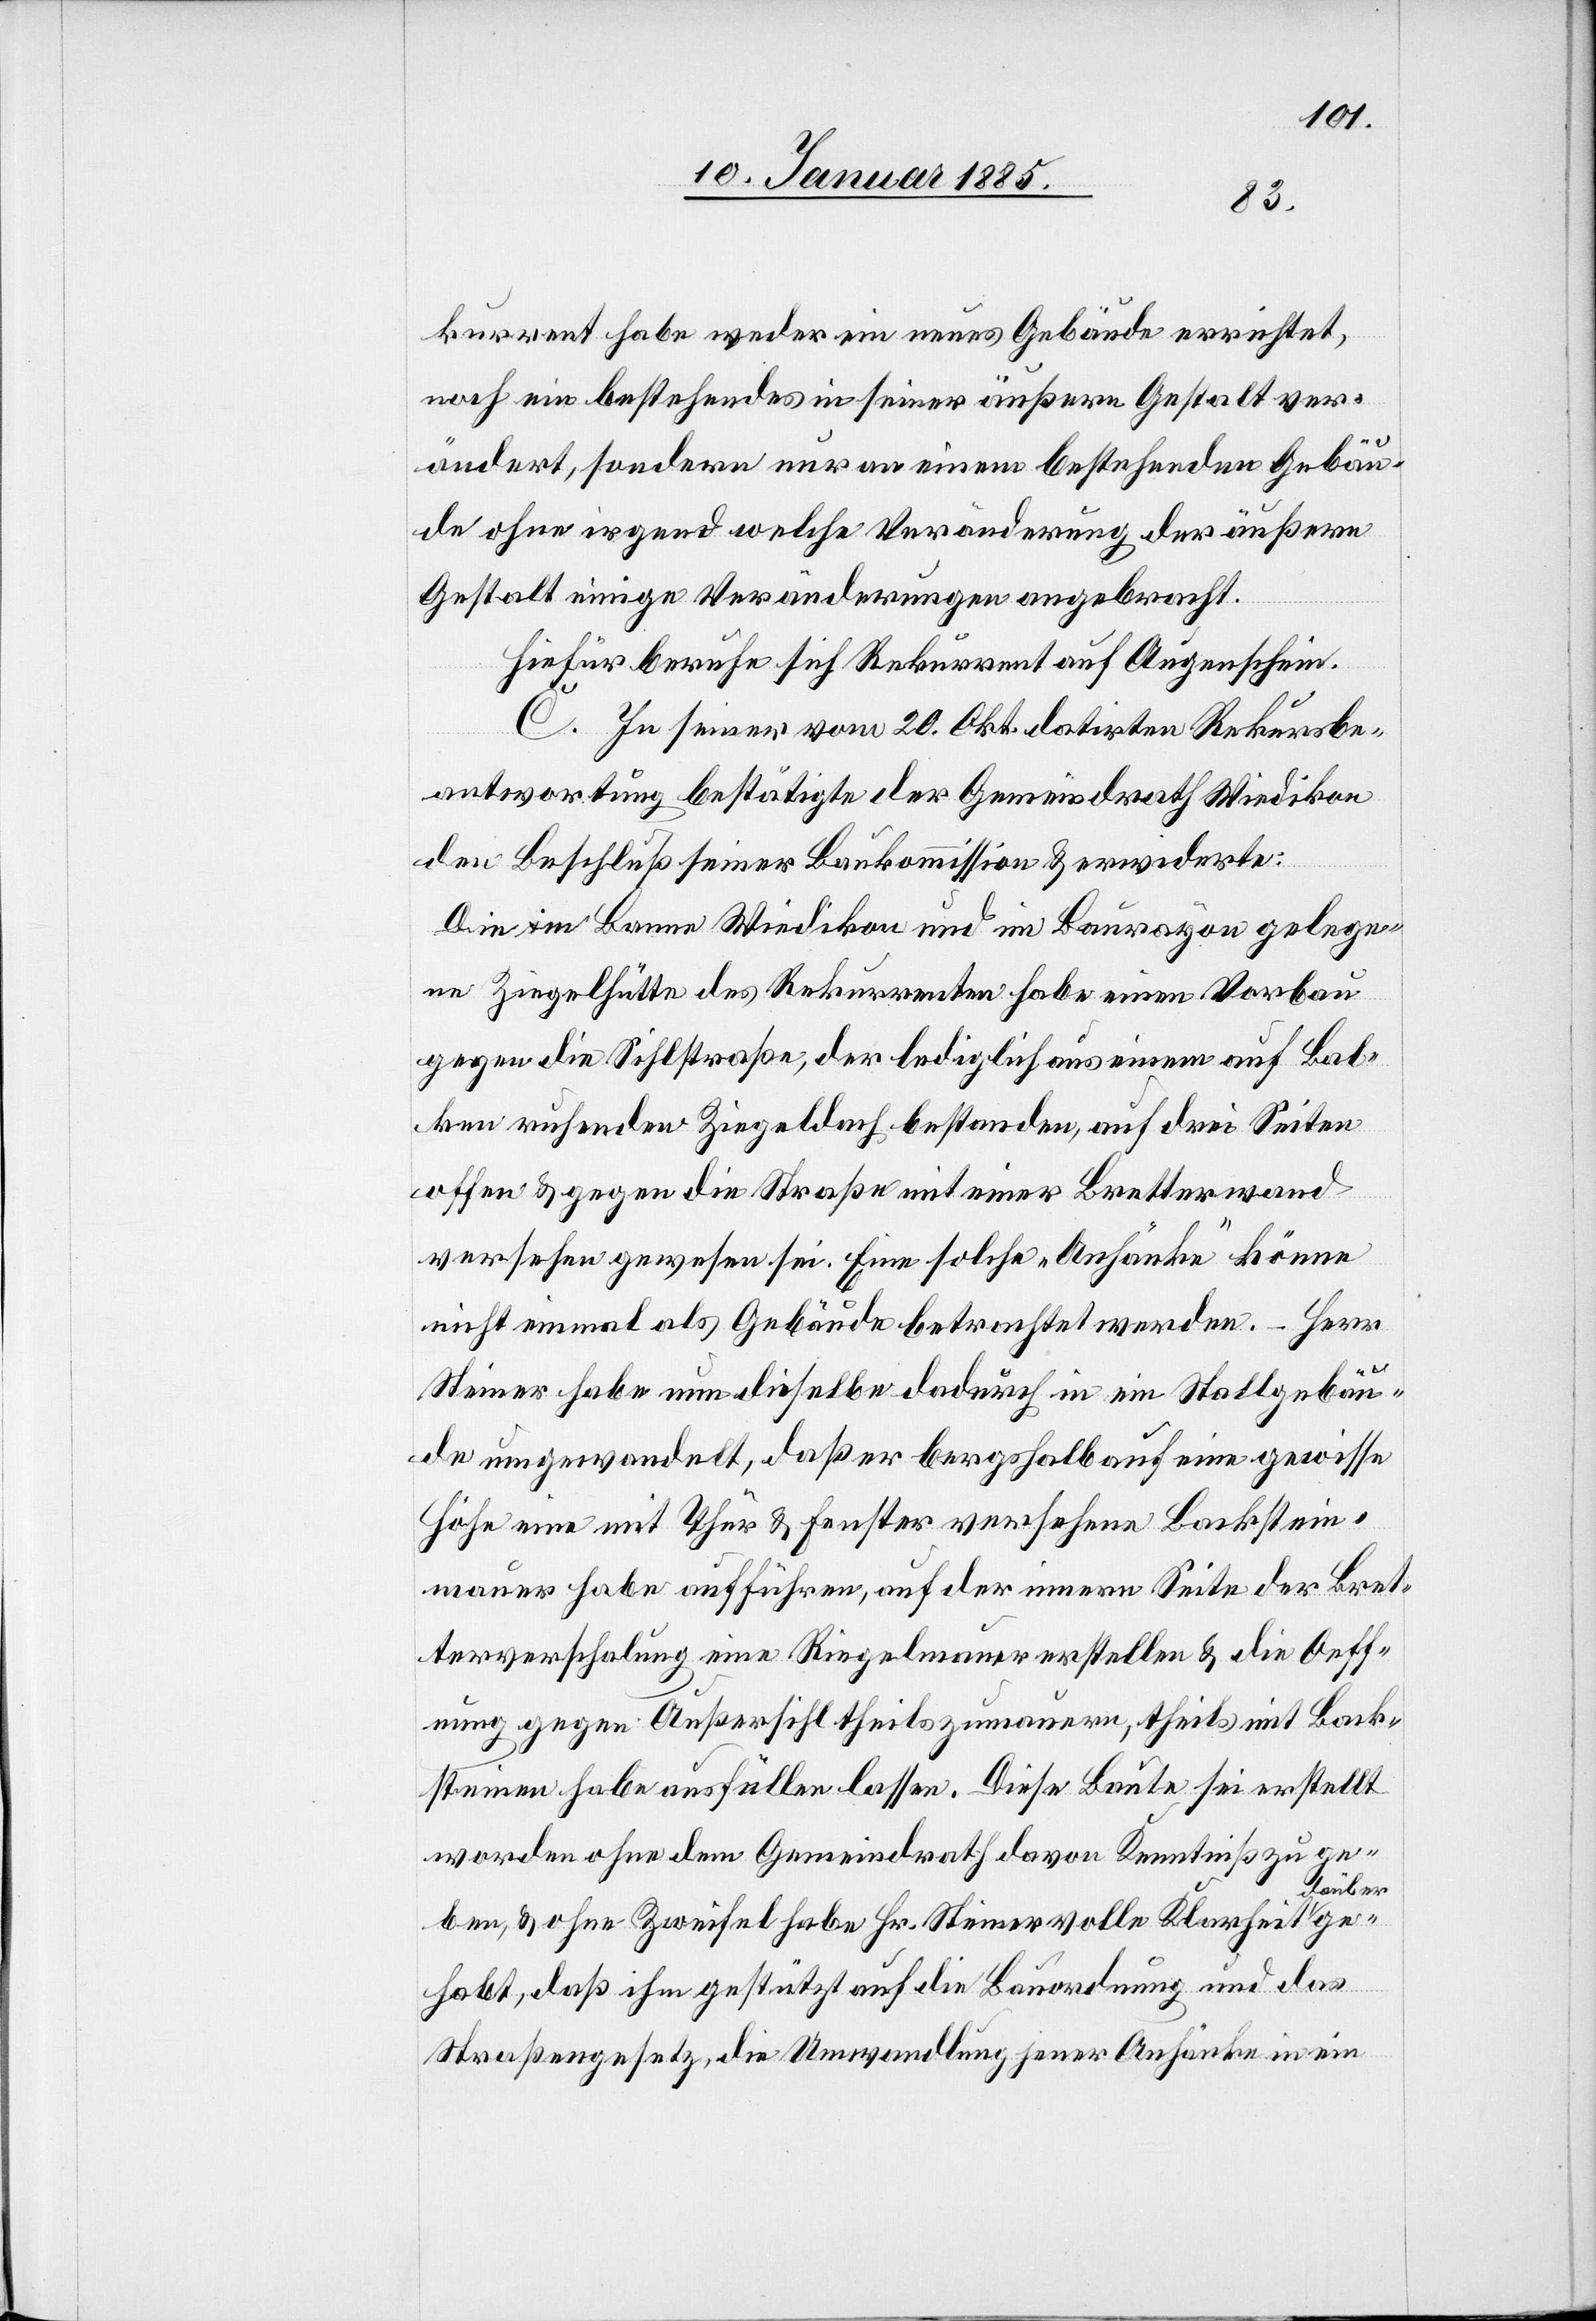
kurrent habe weder ein neues Gebäude errichtet,
noch ein bestehendes in seiner äußern Gestalt ver¬
ändert, sondern nur an einem bestehenden Gebäu¬
de ohne irgend welche Veränderung der äußern
Gestalt einige Veränderungen angebracht.
Hiefür berufe sich Rekurrent auf Augenschein.
C. In seiner vom 20. Okt. datirten Rekursbe¬
antwortung bestätigte der Gemeindrath Wiedikon
den Beschluß seiner Baukommission & erwiderte:
Die in Banne Wiedikon und im Baurayon gelege¬
ne Ziegelhütte des Rekurrenten habe einen Vorbau
gegen die Sihlstraße, der lediglich aus einem auf Bal¬
ken ruhenden Ziegeldach bestanden, auf drei Seiten
offen & gegen die Straße mit einer Bretterwand
versehen gewesen sei. Eine solche „Anhänke“ könne
nicht einmal als Gebäude betrachtet werden. – Herr
Steiner habe nun dieselbe dadurch in ein Stallgebäu¬
de umgewandelt, daß er bergshalb auf eine gewisse
Höhe eine mit Thür & Fenster versehene Backstein¬
mauer habe aufführen, auf der innern Seite der Bret¬
terverschalung eine Riegelmauer erstellen & die Oeff¬
nung gegen Außersihl theils zumauern, theils mit Back¬
steinen haben ausfüllen lassen. Diese Baute sei erstellt
worden ohne dem Gemeindrath davon Kenntniß zu ge¬
arüber
ben, & ohne Zweifel habe Hr. Steiner volle Klarheit d¬
gehabt, daß ihm gestützt auf die Bauordnung und das
Straßengesetz, die Umwandlung jener Anhänke in ein